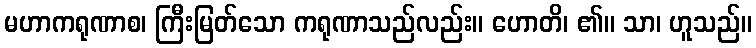
မဟာကရုဏာစ၊ ကြီးမြတ်သော ကရုဏာသည်လည်း။ ဟောတိ၊ ၏။ သာ၊ ဟူသည်။